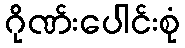
ဂိုဏ်းပေါင်းစုံ